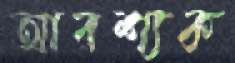
আবশ্যক